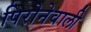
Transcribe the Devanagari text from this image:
पिरोनेवाली